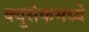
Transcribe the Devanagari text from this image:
क्युसेकमध्ये